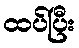
ထပ်ပြီး